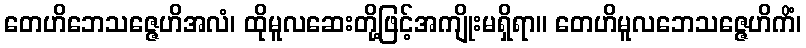
တေဟိဘေသဇ္ဇေဟိအလံ၊ ထိုမူလဆေးတို့ဖြင့်အကျိုးမရှိရာ။ တေဟိမူလဘေသဇ္ဇေဟိကိံ၊